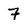
Character: 7